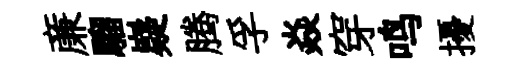
亷騮嶷腾孚焱穿鸣擾